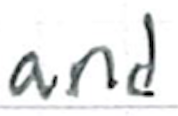
Text: and
Cross-out: clean
Writing tool: ballpoint